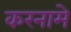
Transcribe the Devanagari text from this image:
करनामे